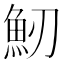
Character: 𩵕